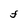
Character: F